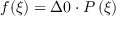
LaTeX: f ( \xi ) = \Delta 0 \cdot P \left( \xi \right)